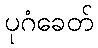
ပုဂံခေတ်